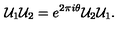
{ \cal U } _ { 1 } { \cal U } _ { 2 } = e ^ { 2 \pi i \theta } { \cal U } _ { 2 } { \cal U } _ { 1 } .